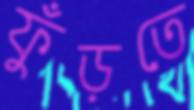
ফুঁড়তে